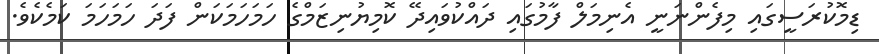
ޑިމޮކުރަސީގައި މިފެންނަނީ އެނިމަލް ފާމުގައި ދައްކުވައިދޭ ކޮމިޔުނިޒަމްގެ ހަމަހަމަކަން ފަދަ ހަމަހަމަ ކަމެކެވެ.